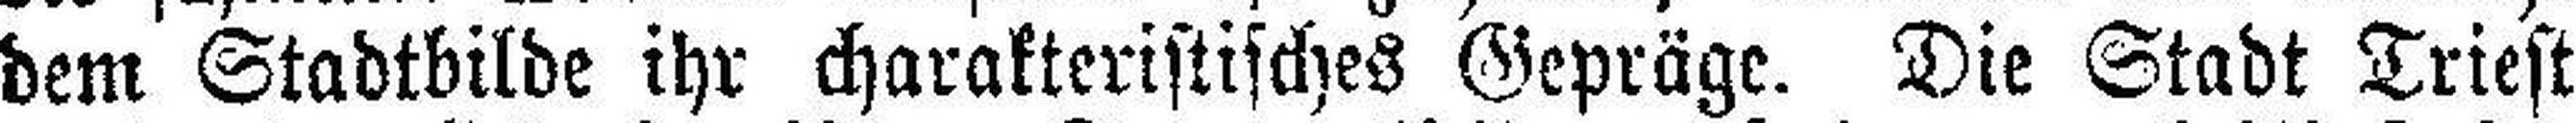
dem Stadtbilde ihr charakteristisches Gepräge. Die Stadt Triest